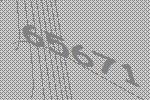
65671